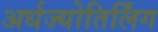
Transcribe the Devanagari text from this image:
अर्धज्योतिर्लिंग